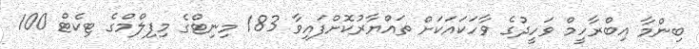
ބިންމާ އިބްރާހީމް ވަހީދުގެ ވާހަކައަކަށް ތައްޔާރުކޮށްފައިވާ 183 މިނިޓްގެ މިފިލްމްގެ ޓިކެޓް 100